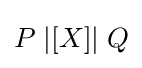
P\;|[X]|\;Q